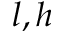
l , h